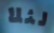
لئلا